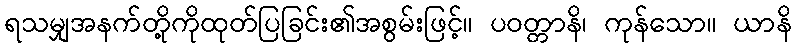
ရသမျှအနက်တို့ကိုထုတ်ပြခြင်း၏အစွမ်းဖြင့်။ ပဝတ္တာနိ၊ ကုန်သော။ ယာနိ